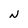
Character: N